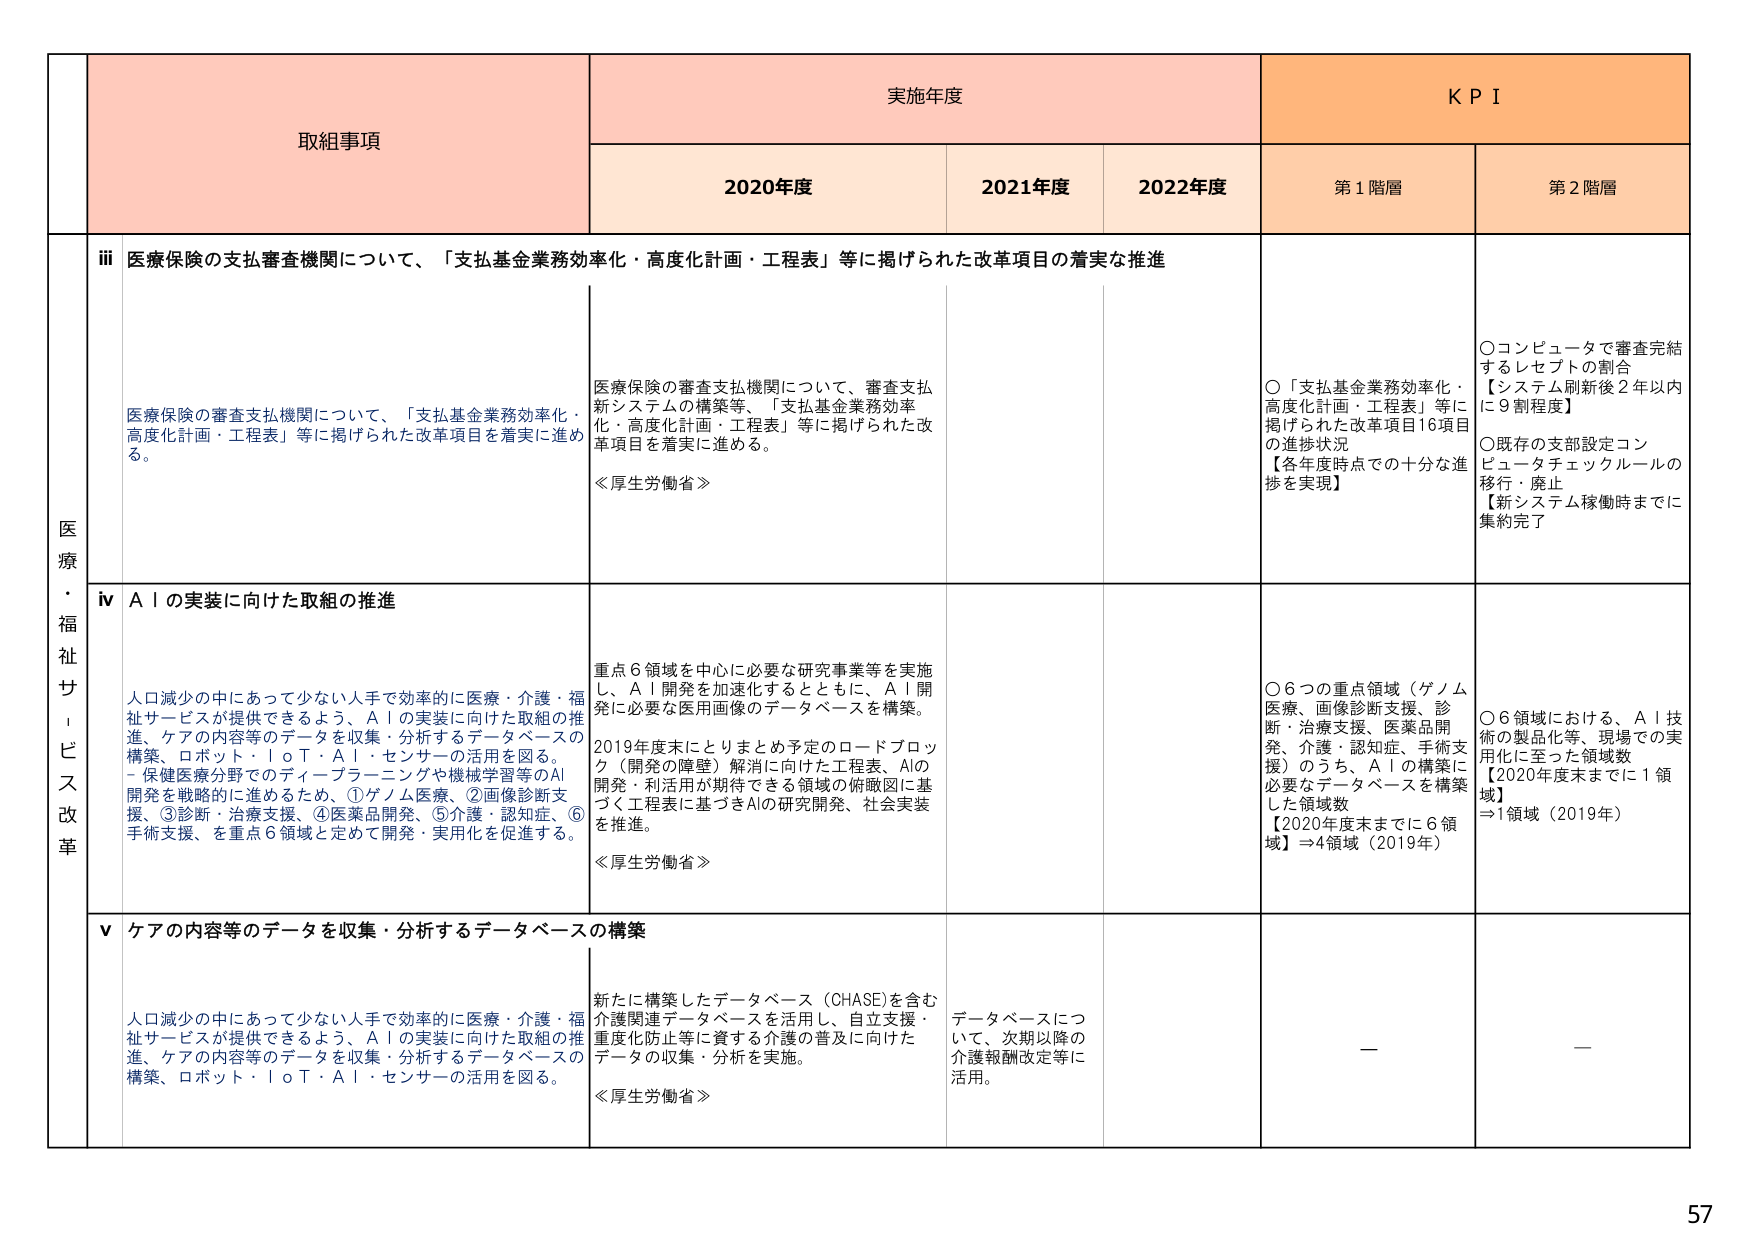
医療・福祉サービス改革

取組事項

実施年度

KPI

2020年度

2021年度

2022年度

第1階層

第2階層

ⅲ 医療保険の支払審査機関について、「支払基金業務効率化・高度化計画・工程表」等に掲げられた改革項目の着実な推進

医療保険の審査支払機関について、「支払基金業務効率化・高度化計画・工程表」等に掲げられた改革項目を着実に進める。

医療保険の審査支払機関について、審査支払新システムの構築等、「支払基金業務効率化・高度化計画・工程表」等に掲げられた改革項目を着実に進める。

≪厚生労働省≫

○「支払基金業務効率化・高度化計画・工程表」等に掲げられた改革項目16項目の進捗状況
【各年度時点での十分な進捗を実現】

○コンピュータで審査完結するレセプトの割合
【システム刷新後2年以内に9割程度】
○既存の支部設定コンピュータチェックルールの移行・廃止
【新システム稼働時までに集約完了】

ⅳ AIの実装に向けた取組の推進

人口減少の中において少ない人手で効率的に医療・介護・福祉サービスが提供できるよう、AIの実装に向けた取組の推進、ケアの内容等のデータを収集・分析するデータベースの構築、ロボット・IoT・AI・センサーの活用を図る。
- 保健医療分野でのディープラーニングや機械学習等のAI開発を戦略的に進めるため、①ゲノム医療、②画像診断支援、③診断・治療支援、④医薬品開発、⑤介護・認知症、⑥手術支援、を重点6領域と定めて開発・実用化を促進する。

重点6領域を中心に必要な研究事業等を実施し、AI開発を加速化するとともに、AI開発に必要な医用画像のデータベースを構築。
2019年度末にとりまとめ予定のロードブロック（開発の障害）解消に向けた工程表、AIの開発・利活用が期待できる領域の俯瞰図に基づく工程表に基づきAIの研究開発、社会実装を推進。

≪厚生労働省≫

○6つの重点領域（ゲノム医療・画像診断支援・診断・治療支援・医薬品開発・介護・認知症・手術支援）のうち、AIの構築に必要なデータベースを構築した領域数
【2020年度末までに6領域】⇒4領域（2019年）

○6領域における、AI技術の製品化等、現場での実用化に至った領域数
【2020年度末までに1領域】
⇒1領域（2019年）

ⅴ ケアの内容等のデータを収集・分析するデータベースの構築

人口減少の中において少ない人手で効率的に医療・介護・福祉サービスが提供できるよう、AIの実装に向けた取組の推進、ケアの内容等のデータを収集・分析するデータベースの構築、ロボット・IoT・AI・センサーの活用を図る。

新たに構築したデータベース（CHASE）を含む介護関連データベースを活用し、自立支援・重度化防止等に資する介護の普及に向けたデータの収集・分析を実施。

≪厚生労働省≫

データベースについて、次期以降の介護報酬改定等に活用。

—

—

57